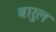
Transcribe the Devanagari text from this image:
बारुल